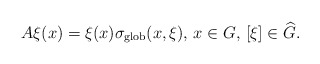
\begin{align*} A\xi(x)=\xi(x)\sigma_{\textnormal{glob}}(x,\xi),\,x\in G,\,[\xi]\in \widehat{G}.\end{align*}